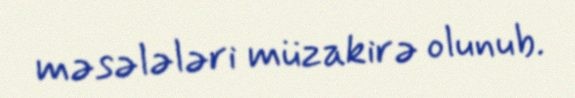
məsələləri müzakirə olunub.